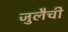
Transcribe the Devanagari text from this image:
जुलैची